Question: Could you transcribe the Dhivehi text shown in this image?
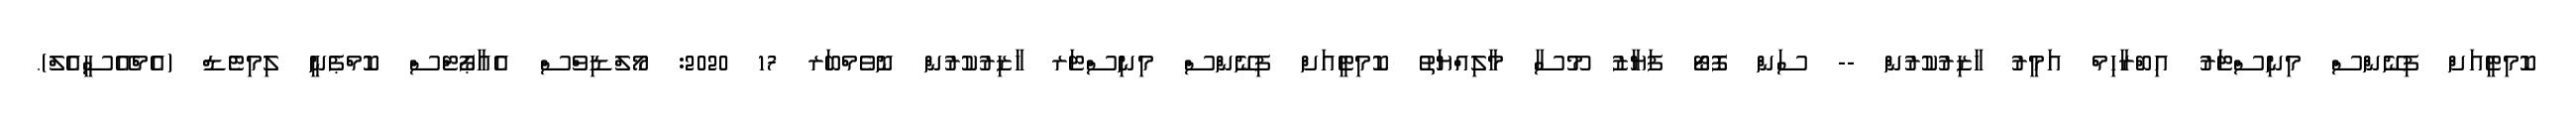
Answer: ކޮމިޓީއަށް ފިނޭންސް މިނިސްޓަރު އިބްރާހިމް އަމީރު ހާޒިރުކުރުން -- ސަން ފޮޓޯ ފަޔާޒު މޫސާ މާލިއްޔަތު ކޮމިޓީއަށް ފިނޭންސް މިނިސްޓަރ ހާޒިރުކުރުން ނޮވެމްބަރ 17 2020: މޯލްޑިވްސް އެއާޕޯޓްސް ކޮމްޕެނީ ލިމިޓެޑް (އެމްއޭސީއެލް).